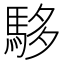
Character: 䮈